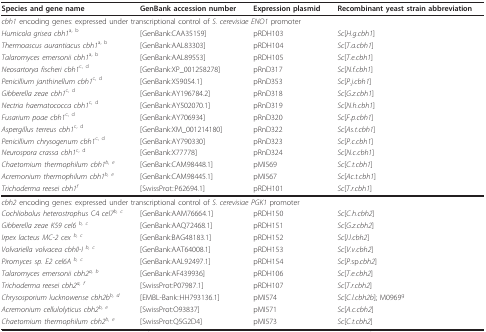
<table><thead><tr><td><b>Species and gene name</b></td><td><b>GenBank accession number</b></td><td><b>Expression plasmid</b></td><td><b>Recombinant yeast strain abbreviation</b></td></tr></thead><tbody><tr><td colspan="4"><i>cbh1 </i>encoding genes: expressed under transcriptional control of <i>S. cerevisiae ENO1 </i>promoter</td></tr><tr><td><i>Humicola grisea cbh1</i><sup>a, b</sup></td><td>[GenBank:CAA35159]</td><td>pRDH103</td><td><i>Sc</i>[<i>H.g.cbh1</i>]</td></tr><tr><td><i>Thermoascus aurantiacus cbh1</i><sup>a, b</sup></td><td>[GenBank:AAL83303]</td><td>pRDH104</td><td><i>Sc</i>[<i>T.a.cbh1</i>]</td></tr><tr><td><i>Talaromyces emersonii cbh1</i><sup>a, b</sup></td><td>[GenBank:AAL89553]</td><td>pRDH105</td><td><i>Sc</i>[<i>T.e.cbh1</i>]</td></tr><tr><td><i>Neosartorya fischeri cbh1</i><sup>c, d</sup></td><td>[GenBank:XP_001258278]</td><td>pRnD317</td><td><i>Sc</i>[<i>N.f.cbh1</i>]</td></tr><tr><td><i>Penicillium janthinellum cbh1</i><sup>c, d</sup></td><td>[GenBank:X59054.1]</td><td>pRnD353</td><td><i>Sc</i>[<i>P.j.cbh1</i>]</td></tr><tr><td><i>Gibberella zeae cbh1</i><sup>c, d</sup></td><td>[GenBank:AY196784.2]</td><td>pRnD318</td><td><i>Sc</i>[<i>G.z.cbh1</i>]</td></tr><tr><td><i>Nectria haematococca cbh1</i><sup>c, d</sup></td><td>[GenBank:AY502070.1]</td><td>pRnD319</td><td><i>Sc</i>[<i>N.h.cbh1</i>]</td></tr><tr><td><i>Fusarium poae cbh1</i><sup>c, d</sup></td><td>[GenBank:AY706934]</td><td>pRnD320</td><td><i>Sc</i>[<i>F.p.cbh1</i>]</td></tr><tr><td><i>Aspergillus terreus cbh1</i><sup>c, d</sup></td><td>[GenBank:XM_001214180]</td><td>pRnD322</td><td><i>Sc</i>[<i>As.t.cbh1</i>]</td></tr><tr><td><i>Penicillium chrysogenum cbh1</i><sup>c, d</sup></td><td>[GenBank:AY790330]</td><td>pRnD323</td><td><i>Sc</i>[<i>P.c.cbh1</i>]</td></tr><tr><td><i>Neurospora crassa cbh1</i><sup>c, d</sup></td><td>[GenBank:X77778]</td><td>pRnD324</td><td><i>Sc</i>[<i>N.c.cbh1</i>]</td></tr><tr><td><i>Chaetomium thermophilum cbh1<sup>b, e</sup></i></td><td>[GenBank:CAM98448.1]</td><td>pMI569</td><td><i>Sc</i>[<i>C.t.cbh1</i>]</td></tr><tr><td><i>Acremonium thermophilum cbh1<sup>b, e</sup></i></td><td>[GenBank:CAM98445.1]</td><td>pMI567</td><td><i>Sc</i>[<i>Ac.t.cbh1</i>]</td></tr><tr><td><i>Trichoderma reesei cbh1<sup>f</sup></i></td><td>[SwissProt::P62694.1]</td><td>pRDH101</td><td><i>Sc</i>[<i>T.r.cbh1</i>]</td></tr><tr><td colspan="4"><i>cbh2 </i>encoding genes: expressed under transcriptional control of <i>S. cerevisiae PGK1 </i>promoter</td></tr><tr><td><i>Cochliobolus heterostrophus </i>C4 <i>cel7<sup>b, c</sup></i></td><td>[GenBank:AAM76664.1]</td><td>pRDH150</td><td><i>Sc</i>[<i>C.h.cbh2</i>]</td></tr><tr><td><i>Gibberella zeae K59 cel6 <sup>b, c</sup></i></td><td>[GenBank:AAQ72468.1]</td><td>pRDH151</td><td><i>Sc</i>[<i>G.z.cbh2</i>]</td></tr><tr><td><i>Irpex lacteus MC-2 cex <sup>b, c</sup></i></td><td>[GenBank:BAG48183.1]</td><td>pRDH152</td><td><i>Sc</i>[<i>I.l.cbh2</i>]</td></tr><tr><td><i>Volvariella volvacea cbhII-I <sup>b, c</sup></i></td><td>[GenBank:AAT64008.1]</td><td>pRDH153</td><td><i>Sc</i>[<i>V.v.cbh2</i>]</td></tr><tr><td><i>Piromyces sp. E2 cel6A <sup>b, c</sup></i></td><td>[GenBank:AAL92497.1]</td><td>pRDH154</td><td><i>Sc</i>[<i>P</i>.sp.<i>cbh2</i>]</td></tr><tr><td><i>Talaromyces emersonii cbh2<sup>a, b</sup></i></td><td>[GenBank:AF439936]</td><td>pRDH106</td><td><i>Sc</i>[<i>T.e.cbh2</i>]</td></tr><tr><td><i>Trichoderma reesei cbh2<sup>a, f</sup></i></td><td>[SwissProt:P07987.1]</td><td>pRDH107</td><td><i>Sc</i>[<i>T.r.cbh2</i>]</td></tr><tr><td><i>Chrysosporium lucknowense cbh2b<sup>b, d</sup></i></td><td>[EMBL-Bank::HH793136.1]</td><td>pMI574</td><td><i>Sc</i>[<i>C.l.cbh2b</i>]; M0969<sup>g</sup></td></tr><tr><td><i>Acremonium cellulolyticus cbh2<sup>b, e</sup></i></td><td>[SwissProt:O93837]</td><td>pMI571</td><td><i>Sc</i>[<i>A.c.cbh2</i>]</td></tr><tr><td><i>Chaetomium thermophilum cbh2<sup>b, e</sup></i></td><td>[SwissProt:Q5G2D4]</td><td>pMI573</td><td><i>Sc</i>[<i>C.t.cbh2</i>]</td></tr></tbody></table>